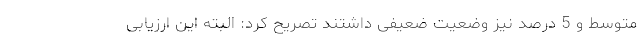
متوسط و 5 درصد نیز وضعیت ضعیفی داشتند تصریح کرد: البته این ارزیابی